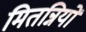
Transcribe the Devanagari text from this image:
मितन्नियों